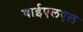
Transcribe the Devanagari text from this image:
वाईएलएल